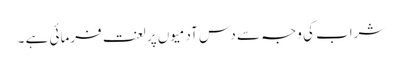
شراب کی وجہ سے دس آدمیوں پر لعنت فرمائی ہے ۔